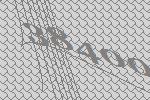
38400